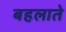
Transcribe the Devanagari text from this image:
बहलाते